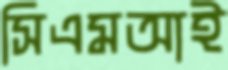
সিএমআই